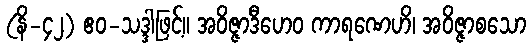
(နိ-၄၂) ဧဝ-သဒ္ဒါဖြင့်။ အဝိဇ္ဇာဒီဟေဝ ကာရဏေဟိ၊ အဝိဇ္ဇာစသော